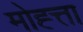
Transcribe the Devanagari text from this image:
मोह्त्ता